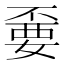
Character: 嫑